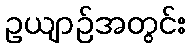
ဥယျာဉ်အတွင်း